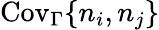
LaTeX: \mathrm{Cov}_{\Gamma}\{ n_{i},n_{j}\}